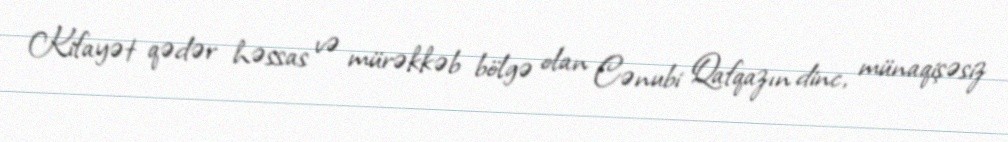
Kifayət qədər həssas və mürəkkəb bölgə olan Cənubi Qafqazın dinc, münaqişəsiz